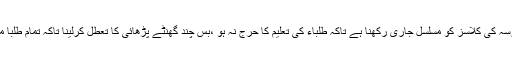
میرے فوت ہونے کی وجہ سے مدرسہ کی کلاسز کو مسلسل جاری رکھنا ہے تاکہ طلباء کی تعلیم کا حرج نہ ہو ،بس چند گھنٹے پڑھائی کا تعطل کرلینا تاکہ تمام طلبا میرے جنازے میں شریک ہو سکیں ۔